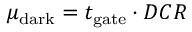
\mu _ { \mathrm { d a r k } } = t _ { \mathrm { g a t e } } \cdot D C R